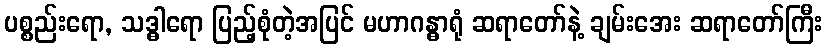
ပစ္စည်းရော, သဒ္ဓါရော ပြည့်စုံတဲ့အပြင် မဟာဂန္ဓာရုံ ဆရာတော်နဲ့ ချမ်းအေး ဆရာတော်ကြီး